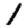
Digit: 1